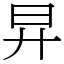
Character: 㫒